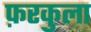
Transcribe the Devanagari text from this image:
फ़रकुला